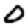
Digit: 0